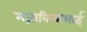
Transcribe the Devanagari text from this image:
मज़ाकियाभाई